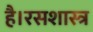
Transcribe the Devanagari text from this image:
है।रसशास्त्र